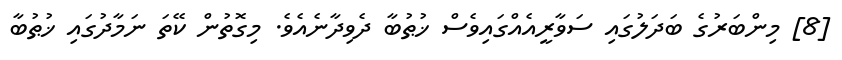
[8] މިންބަރުގެ ބަދަލުގައި ސަވާރީއެއްގައިވެސް ޚުޠުބާ ދެވިދާނެއެވެ. މިގޮތުން ކޭތަ ނަމާދުގައި ޚުޠުބާ